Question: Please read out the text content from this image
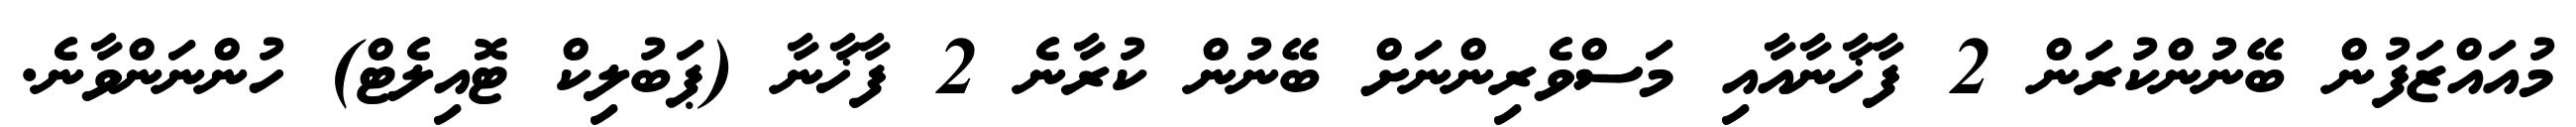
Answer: މުއައްޒަފުން ބޭނުންކުރަން 2 ފާޚާނާއާއި މަސްވެރިންނަށް ބޭނުން ކުރާނެ 2 ފާޚާނާ (ޕަބުލިކް ޓޮއިލެޓް) ހުންނަންވާނެ.